65_HS1-834228961_62-HQ-83894_Section_1
Agency: FBI
Page 32
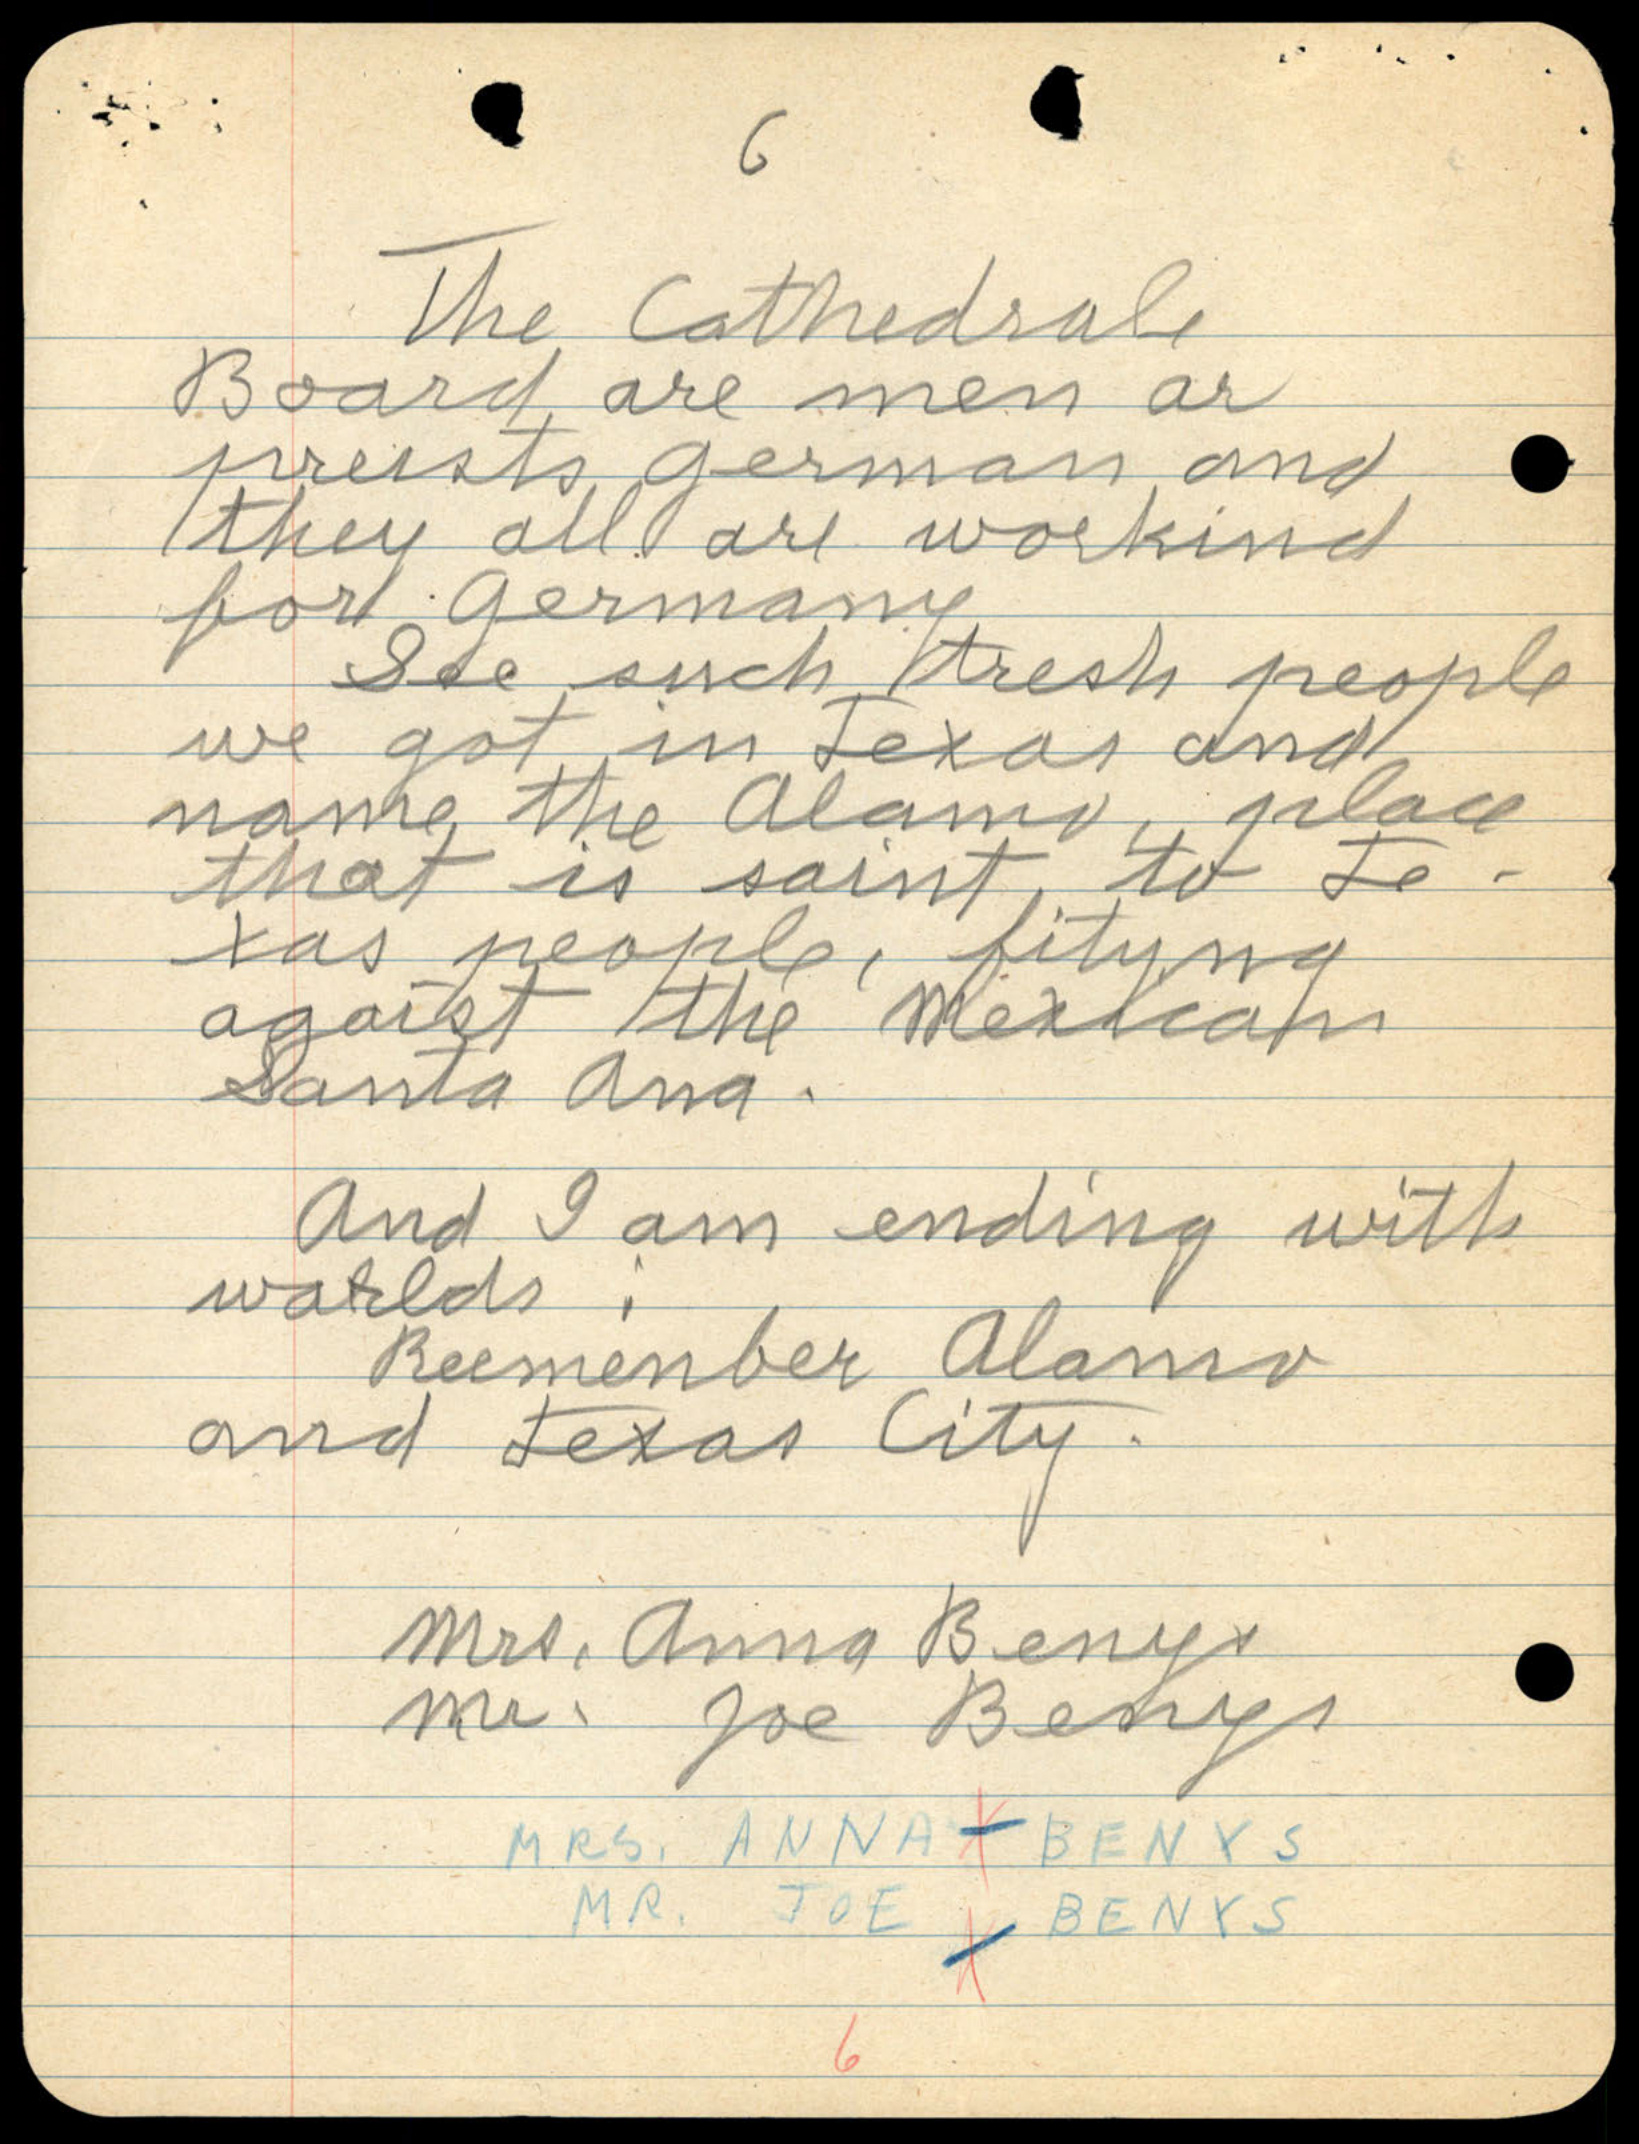